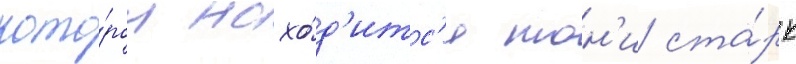
кото́ром нахо́д'итс'я тон'и ста́рк